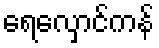
ရေလှောင်ကန်